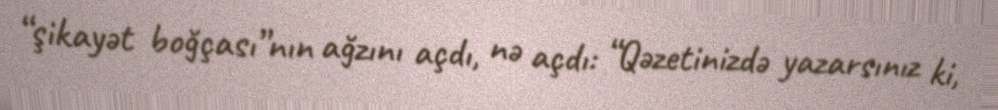
“şikayət boğçası”nın ağzını açdı, nə açdı: “Qəzetinizdə yazarsınız ki,